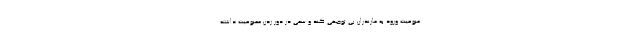
منوعیت ورود به مازندران بی توجهی کند و سعی در دور زدن ممنوعیت داشته